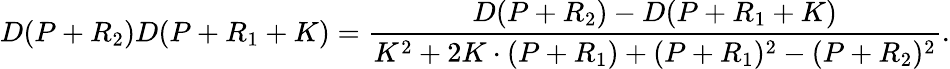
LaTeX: D(P+R_{2})D(P+R_{1}+K)=\frac{D(P+R_{2})-D(P+R_{1}+K)}{K^{2}+2K\cdot(P+R_{1})+(P+R_{1})^{2}-(P+R_{2})^{2}}.